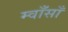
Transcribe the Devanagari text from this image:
म्वाँसाँ